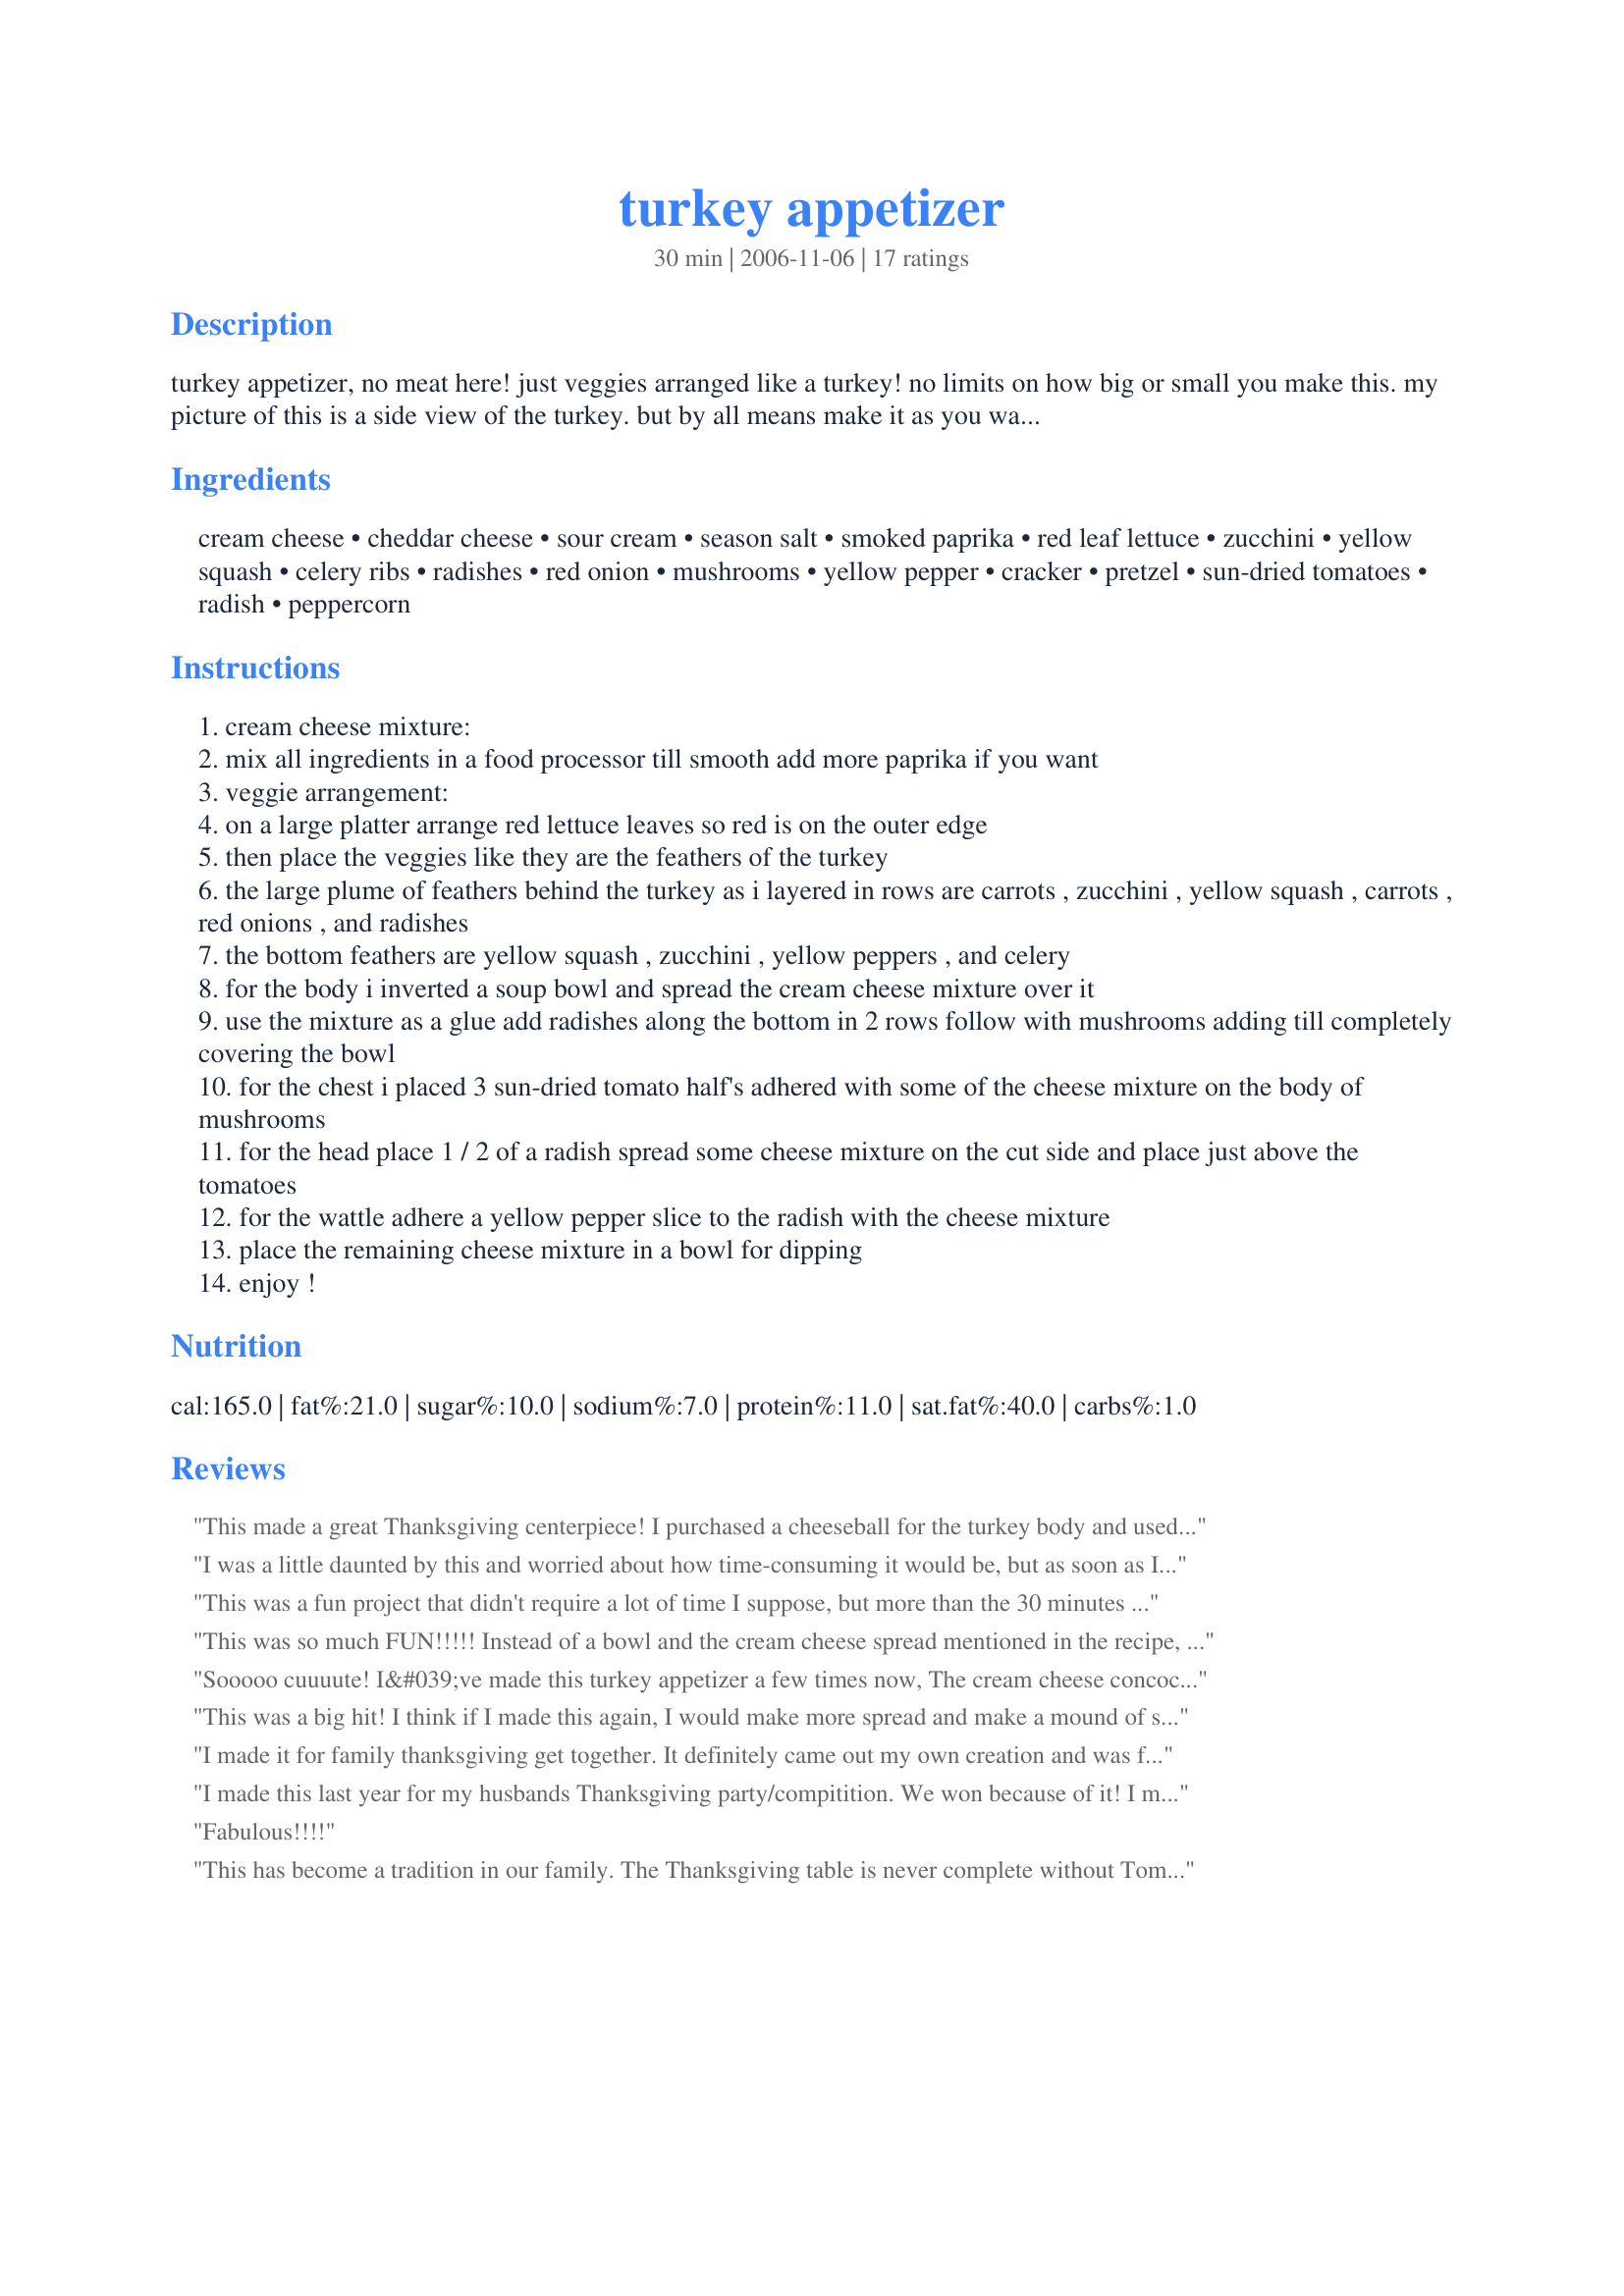
turkey appetizer
Preparation time: 30 minutes

turkey appetizer, no meat here! just veggies arranged like a turkey! no limits on how big or small you make this. my picture of this is a side view of the turkey. but by all means make it as you want. asparagus would be really good in this.
i made this again for thanksgiving using cheeses and cold cuts. just to show how flexible this recipe is. i did post the picture with the cheeses and meats but i did have to travel with it so it did get a little tossed around.

Ingredients:
cream cheese, cheddar cheese, sour cream, season salt, smoked paprika, red leaf lettuce, zucchini, yellow squash, celery ribs, radishes, red onion, mushrooms, yellow pepper, cracker, pretzel, sun-dried tomatoes, radish, peppercorn

Steps:
cream cheese mixture:
mix all ingredients in a food processor till smooth add more paprika if you want
veggie arrangement:
on a large platter arrange red lettuce leaves so red is on the outer edge
then place the veggies like they are the feathers of the turkey
the large plume of feathers behind the turkey as i layered in rows are carrots , zucchini , yellow squash , carrots , red onions , and radishes
the bottom feathers are yellow squash , zucchini , yellow peppers , and celery
for the body i inverted a soup bowl and spread the cream cheese mixture over it
use the mixture as a glue add radishes along the bottom in 2 rows follow with mushrooms adding till completely covering the bowl
for the chest i placed 3 sun-dried tomato half's adhered with some of the cheese mixture on the body of mushrooms
for the head place 1 / 2 of a radish spread some cheese mixture on the cut side and place just above the tomatoes
for the wattle adhere a yellow pepper slice to the radish with the cheese mixture
place the remaining cheese mixture in a bowl for dipping
enjoy !

Reviews:
This made a great Thanksgiving centerpiece! I purchased a cheeseball for the turkey body and used the tip of a yellow squash for the head (held in place by a piece of toothpick). I added 2 cloves for the eyes (since I could poke them in) and a tiny square of red bell pepper for the waddle (held in by a piece of toothpick). I also used a small piece of red bell pepper for the feet. I prepared all the veggies ahead of time and placed them in separate bowls. The morning of our feast, I pulled out the bowls one by one and let my boys (ages 3 & 7) lay out the "plumes." They loved getting to help. I also placed crackers in front of the turkey as the "ground." This was beautiful, fun to make, and delicious!
I was a little daunted by this and worried about how time-consuming it would be, but as soon as I started creating my turkey it turned out to be a lot of fun and ended up looking fantastic! The cheese spread tasted awesome too. People really liked eating it with crackers and the veggies.
This was a fun project that didn't require a lot of time I suppose, but more than the 30 minutes listed, for certain. I didn't use the dip recipe, but made my own favorite. One thing I do find that happens when you make food into art, people don't want to eat it because it looks so pretty. I use the analogy of "eating a beautifully decorated birthday cake", that usually encourages people to dig in and enjoy. I was in a bit of a rush when I made this, so I made a quick sub of half of an onion as a base for the turkey, which worked out well. I also added a piece of sun dried tomato on the top of "Tom's" head for something of a "turkey mohawk" they seem to have. That seemed to give him a more "finished" look, lol. Sorry for the less than clear photo I posted, but hope it helps in creating "Tom" a little bit easier. Thank you, Rita, for the inspiration this Thanksgiving.
This was so much FUN!!!!! Instead of a bowl and the cream cheese spread mentioned in the recipe, I made a triple cheese ball using recipe #81141. I chilled it in a big bowl lined with plastic wrap overnite. The possiblities for designing your bird are endless. I used carrots, seedless cucumbers, yellow squash, red and orange peppers, celery, cauliflower, red onion, mushrooms, radishes, salami, cheeses, green onion, and parsley. Rita, this is going to be the hit of the appy table today. Love Ya! Bren
Sooooo cuuuute! I&#039;ve made this turkey appetizer a few times now, The cream cheese concoction is ok, but not my favorite. Last time I made it with Recipe #81141 and it was gooood.
This was a big hit! I think if I made this again, I would make more spread and make a mound of spread underneath. I noticed people dipping for dip and they got the bowl. I would definitely be making this impressive appetizer again.
I made it for family thanksgiving get together. It definitely came out my own creation and was fun but a lot of prep work. Noone really munched on it and so I was left with tons of left over veggies along with the other t-day leftovers.
Cool idea though.
I made this last year for my husbands Thanksgiving party/compitition. We won because of it! I made a cheese ball and rolled it in crushed pecan pieces for the body. It looked awesome with all the veggie "feathers"! Thanks for sharing. Now I have to find something great to make for this year as everyone has vowed to beat me!
Fabulous!!!!
This has become a tradition in our family. The Thanksgiving table is never complete without Tom Turkey. Every year he looks a little different, based on what is available, but he never fails to show off strutting his stuff. Wonderful idea Thank you posting Rita.
this was a stunning addition to our appetizer table. I had so much fun putting it together too! ;) I added ham, provolone, turkey, and swiss... also couldn't find sun-dried tomatoes so used regular and they did the trick. that spread is very delicious! thanks for a wonderful keeper -- everyone was impressed!!
I just realized that I didn't rate this after making it for Thanksgiving, 2006. It was really pretty easy to put together and a showstopper for our triplet 3 year old grandbabies. They thought I was "amazing"! The adults liked it too! Thanks for the great directions.
Awesome!!!!!!
Ingenious! This was quite the conversation piece and easy to assemble. I would suggest preparing all the veggies the night before, allow them to crisp up in water in the fridge, then assemble a few hours before it's debut. I used a whole cauliflower for the body, celery stalks and scallions (not pictured) for the tail feathers and piled the veggies around to resemble feathers. I used a few tooth pics to secure some of the veggies. Served with Recipe#273140 Thanks a bunch Rita, this was great fun!
I was surprised how quick fun and easy this was to put together. I did have to prepare it Thanksgiving morning and keep it in the fridge until lunchtime as we had church at 10. I took pictures to show everyone in case it didn&#039;t survive it&#039;s time in the fridge. Good thing I did because while in was in the fridge the dip kind of &quot;melted&quot; off the bowl and so it wasn&#039;t looking to great by lunchtime. We all enjoyed it though and I would like to try it again as it really is a gorgeous idea. Maybe the bowl I used was too slippery and a different bowl would work. Or maybe if I kept the dip on the thicker side? I would also like to try the cheese, cracker and deli meat idea.
This is great for ALL year. Such a beautiful way to display veggies.
Rita, did you design this yourself? It is absolutely fantastic. I haven't made it yet but can't wait to try. Spectacular, creative and original.
